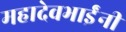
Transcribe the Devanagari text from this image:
महादेवभाईंनी